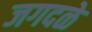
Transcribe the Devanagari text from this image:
जगदळे